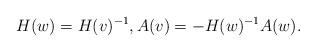
LaTeX: \begin{align*}H(w)=H(v)^{-1},A(v)=-H(w)^{-1}A(w).\end{align*}